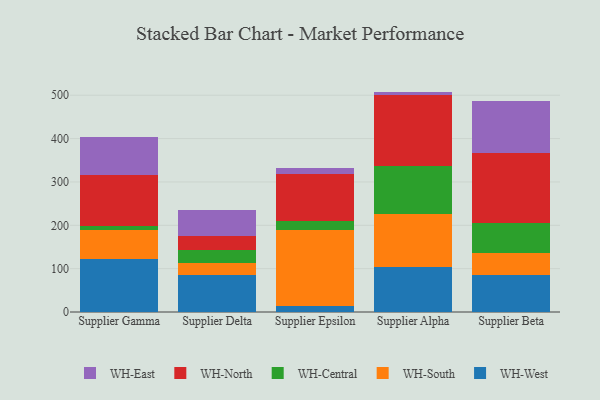
{"axis": {"x": "Supplier", "y": "Latency (ms)"}, "legend": ["WH-Central", "WH-East", "WH-North", "WH-South", "WH-West"], "data": [{"x": "Supplier Gamma", "y": 121.5, "type": "WH-West"}, {"x": "Supplier Gamma", "y": 67.9, "type": "WH-South"}, {"x": "Supplier Gamma", "y": 8.5, "type": "WH-Central"}, {"x": "Supplier Gamma", "y": 117.7, "type": "WH-North"}, {"x": "Supplier Gamma", "y": 88.9, "type": "WH-East"}, {"x": "Supplier Delta", "y": 84.4, "type": "WH-West"}, {"x": "Supplier Delta", "y": 27.7, "type": "WH-South"}, {"x": "Supplier Delta", "y": 29.8, "type": "WH-Central"}, {"x": "Supplier Delta", "y": 33.8, "type": "WH-North"}, {"x": "Supplier Delta", "y": 59.2, "type": "WH-East"}, {"x": "Supplier Epsilon", "y": 13.5, "type": "WH-West"}, {"x": "Supplier Epsilon", "y": 175.5, "type": "WH-South"}, {"x": "Supplier Epsilon", "y": 20.3, "type": "WH-Central"}, {"x": "Supplier Epsilon", "y": 108.3, "type": "WH-North"}, {"x": "Supplier Epsilon", "y": 13.8, "type": "WH-East"}, {"x": "Supplier Alpha", "y": 103.4, "type": "WH-West"}, {"x": "Supplier Alpha", "y": 123.6, "type": "WH-South"}, {"x": "Supplier Alpha", "y": 110.5, "type": "WH-Central"}, {"x": "Supplier Alpha", "y": 162.2, "type": "WH-North"}, {"x": "Supplier Alpha", "y": 8.7, "type": "WH-East"}, {"x": "Supplier Beta", "y": 84.7, "type": "WH-West"}, {"x": "Supplier Beta", "y": 51.2, "type": "WH-South"}, {"x": "Supplier Beta", "y": 70.1, "type": "WH-Central"}, {"x": "Supplier Beta", "y": 160.3, "type": "WH-North"}, {"x": "Supplier Beta", "y": 120.4, "type": "WH-East"}]}